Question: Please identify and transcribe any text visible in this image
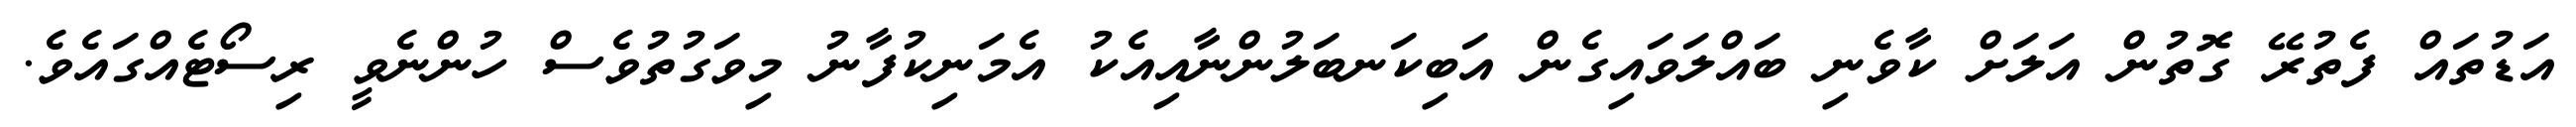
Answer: އަޑުތައް ފެތުރޭ ގޮތުން އަލަށް ކާވެނި ބައްލަވައިގެން އަބިކަނބަލުންނާއިއެކު އެމަނިކުފާނު މިވަގުތުވެސް ހުންނެވީ ރިސޯޓެއްގައެވެ.